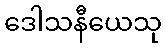
ဒေါသနီယေသု